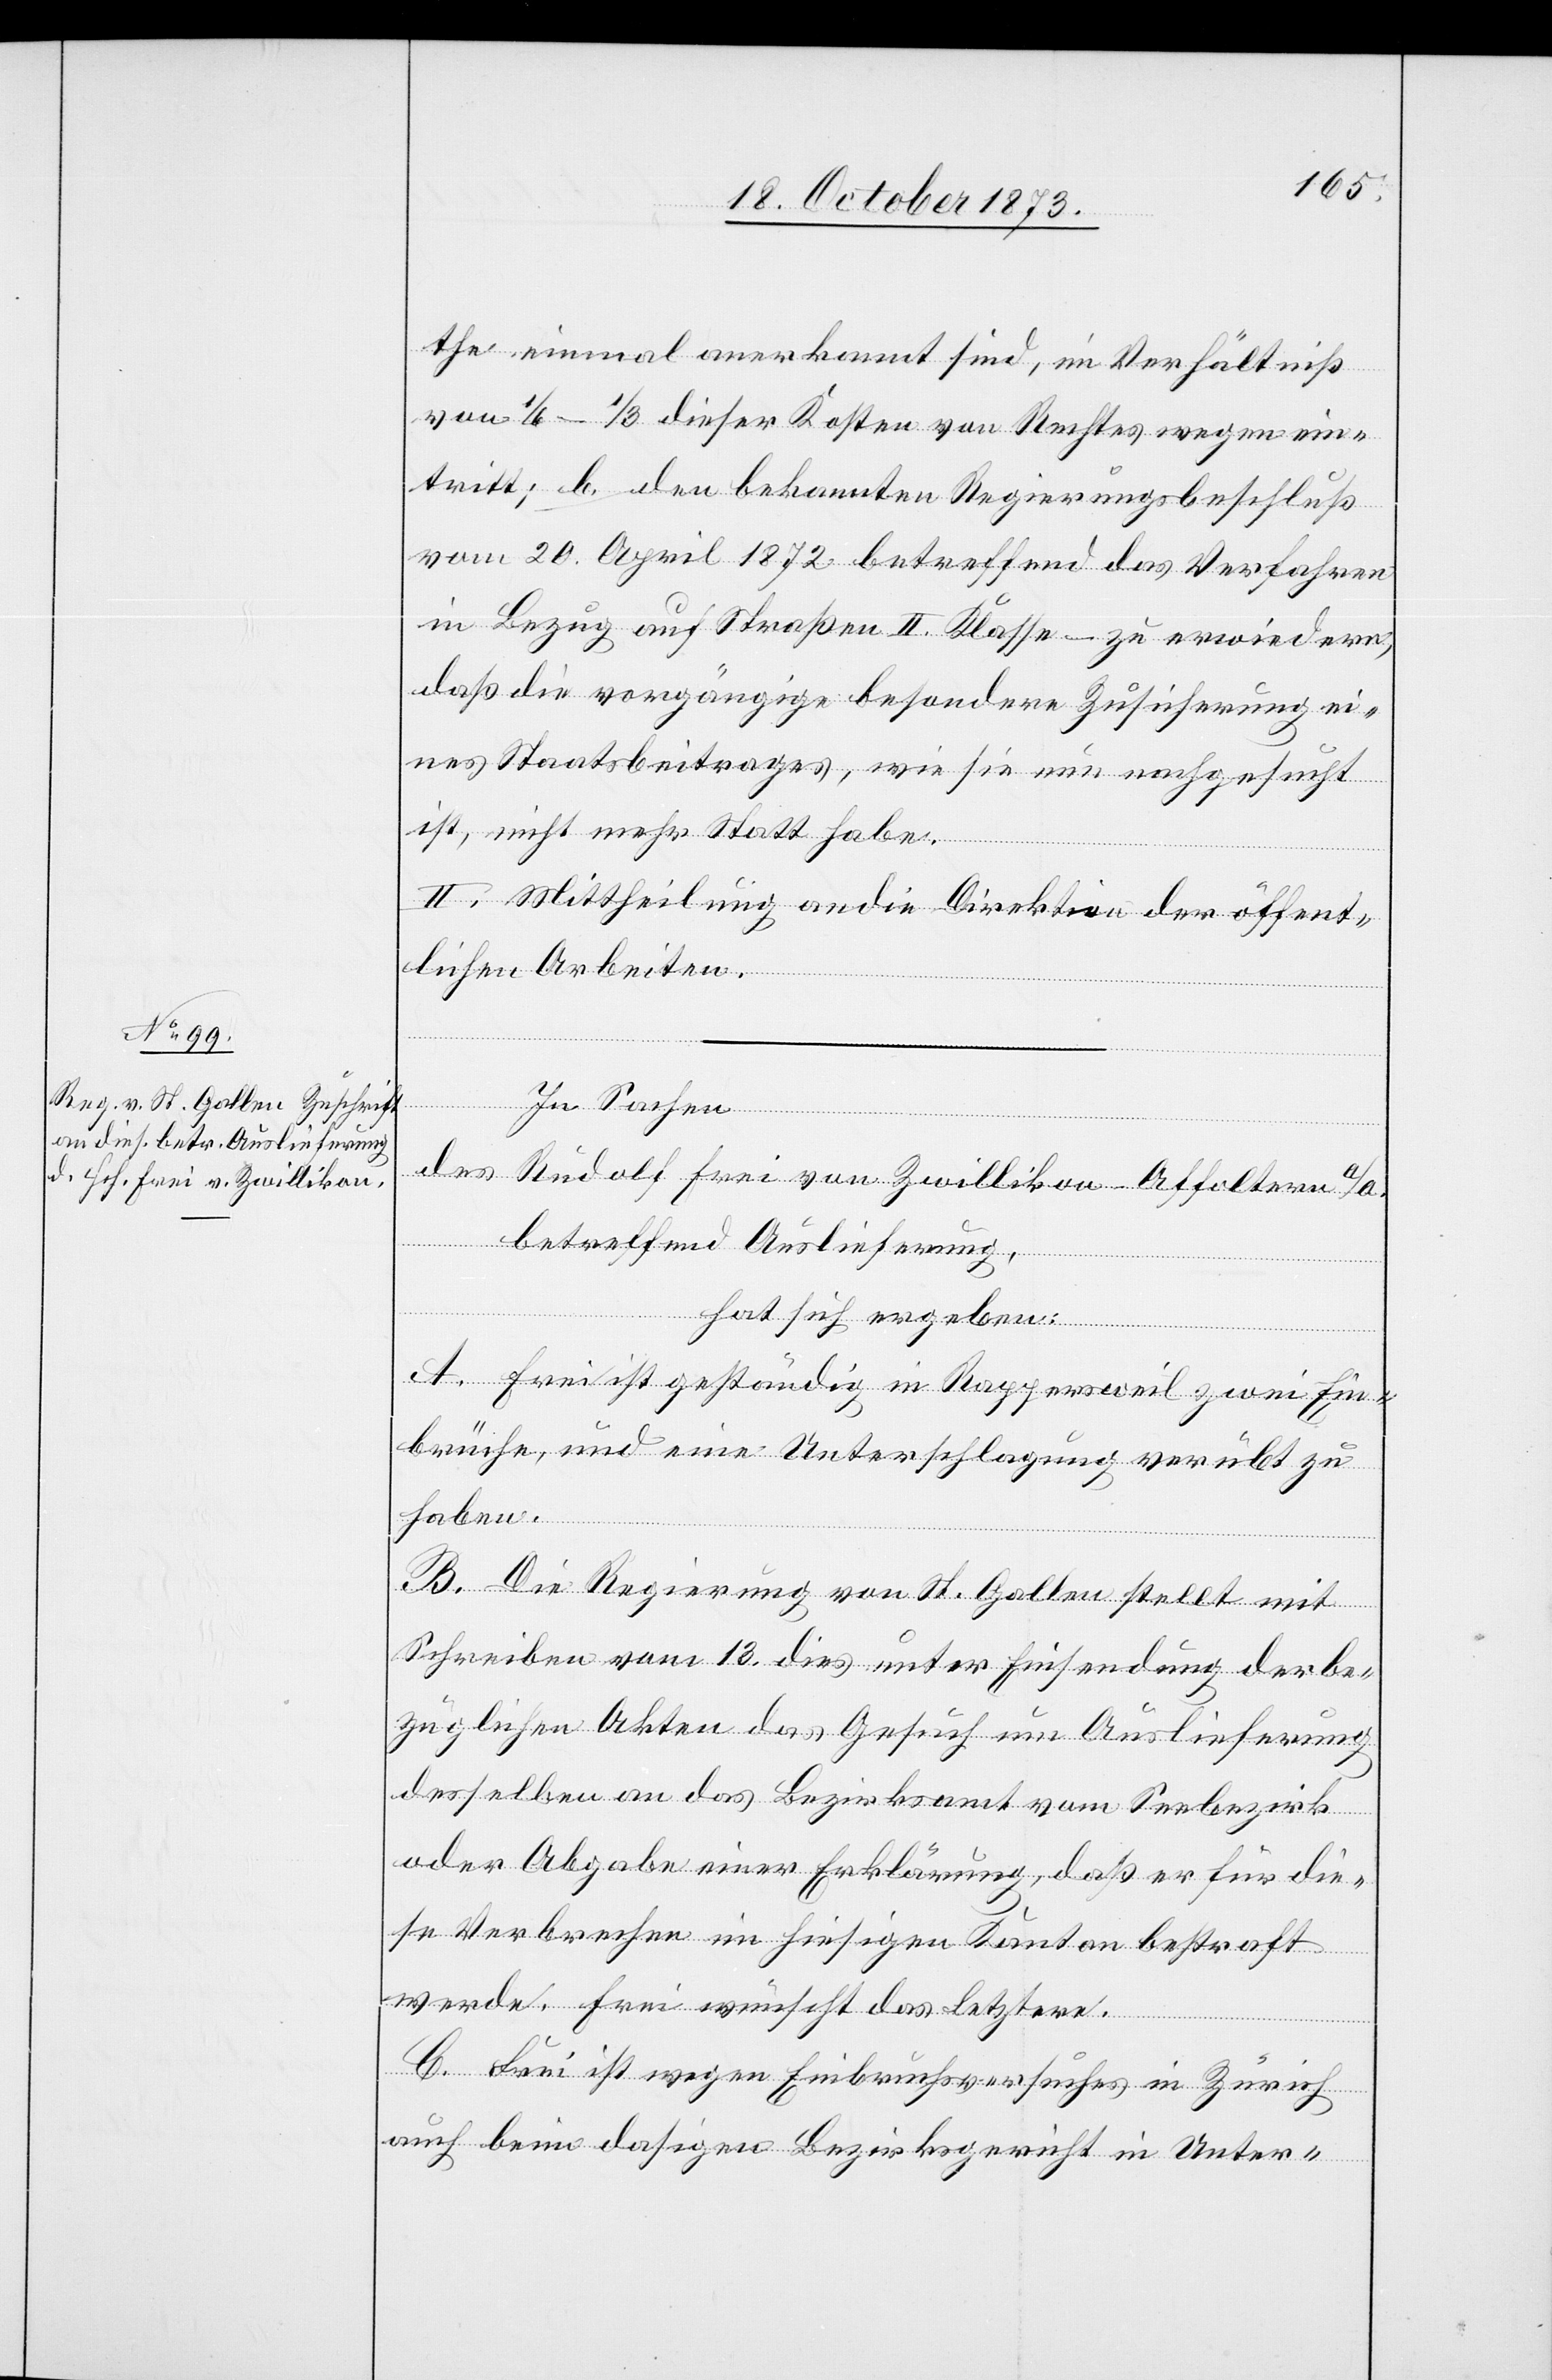
the einmal anerkannt sind, im Verhältniß
von 1/6–1/3 dieser Kosten von Rechtes wegen ein¬
tritt; b. den bekannten Regierungsbeschluß
vom 20. April 1872 betreffend das Verfahren
in Bezug auf Straßen II. Klasse – zu erwiedern,
daß die vorgängige besondere Zusicherung ei¬
nes Staatsbeitrages, wie sie nun nachgesucht
ist, nicht mehr Statt habe.
II. Mittheilung an die Direktion der öffent¬
lichen Arbeiten.
In Sachen
des Rudolf [sic!] Frei von Zwillikon - Affoltern a/A.
betreffend Auslieferung,
hat sich ergeben:
A. Frei ist geständig in Rappersweil zwei Ein¬
brüche, und eine Unterschlagung verübt zu
haben.
B. Die Regierung von St. Gallen stellt mit
Schreiben vom 13. dies unter Einsendung der be¬
züglichen Akten das Gesuch um Auslieferung
desselben an das Bezirksamt vom Seebezirk
oder Abgabe einer Erklärung, daß er für die¬
se Verbrechen im hiesigen Kanton bestraft
werde. Frei wünscht das Letztere.
C. Frei ist wegen Einbruchsversuches in Zürich
auch beim dasigen Bezirksgericht in Unter-